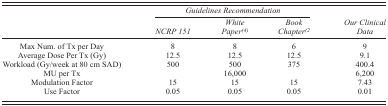
|  | <COLSPAN=3> Guidelines Recommendation |  |
 |  | NCRP 151 | White Paper(4) | Book Chapter(2 | Our Clinical Data |
 | --- | --- | --- | --- | --- |
 | Max Num. of Tx per Day | 8 | 8 | 6 | 9 |
 | Average Dose Per Tx (Gy) | 12.5 | 12.5 | 12.5 | 9.1 |
 | Workload (Gy/week at 80 cm SAD) | 500 | 500 | 375 | 400.4 |
 | MU per Tx |  | 16,000 |  | 6,200 |
 | Modulation Factor | 15 | 15 | 15 | 7.43 |
 | Use Factor | 0.05 | 0.05 | 0.05 | 0.01 |